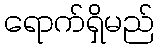
ရောက်ရှိမည်